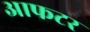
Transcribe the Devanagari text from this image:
आफटर